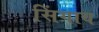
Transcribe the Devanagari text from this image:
सिंगाय